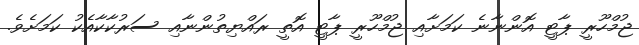
ޖުމްހޫރީ ޕާޓީ އޮންނާނެ ކަމަށާއި ޖުމްހޫރީ ޕާޓީ އޮތީ ރައްޔިތުންނާއި ސަރުކާކާއެކު ކަމަށެވެ.